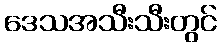
ဒေသအသီးသီးတွင်